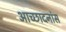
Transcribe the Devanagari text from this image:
आच्छादनांस